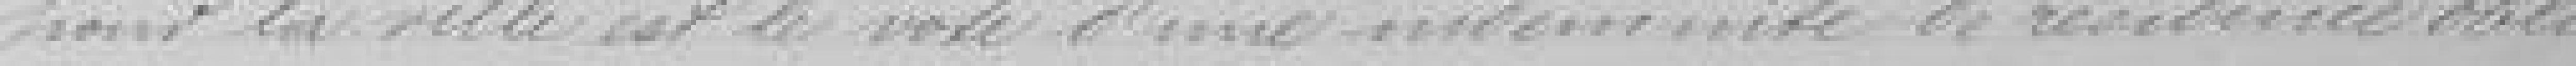
pour la nouvelle est le vote d'une indemnité de résidence obli-